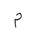
Letter: _mim